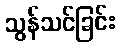
သွန်သင်ခြင်း